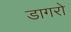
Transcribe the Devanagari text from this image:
डागरो